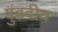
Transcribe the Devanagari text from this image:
गुंबदीय